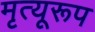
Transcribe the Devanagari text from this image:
मृत्यूरूप